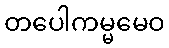
တပေါကမ္မမေဝ